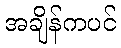
အချိန်ကပင်